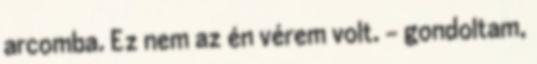
arcomba. Ez nem az én vérem volt. – gondoltam,